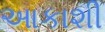
આકાશી